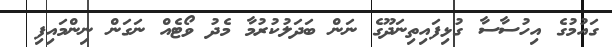
ގައުމުގެ އިހުސާސާ ގުޅިފައިތިނަދޫގެ ނަން ބަދަލުކުރުމާ މެދު ވޯޓެއް ނަގަން ނިންމައިފި